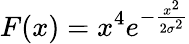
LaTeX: F(x)=x^{4}e^{-\frac{x^{2}}{2\sigma^{2}}}